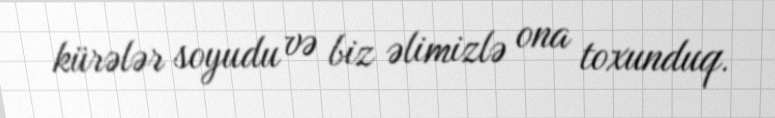
kürələr soyudu və biz əlimizlə ona toxunduq.